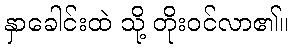
နှာခေါင်းထဲ သို့ တိုးဝင်လာ၏။